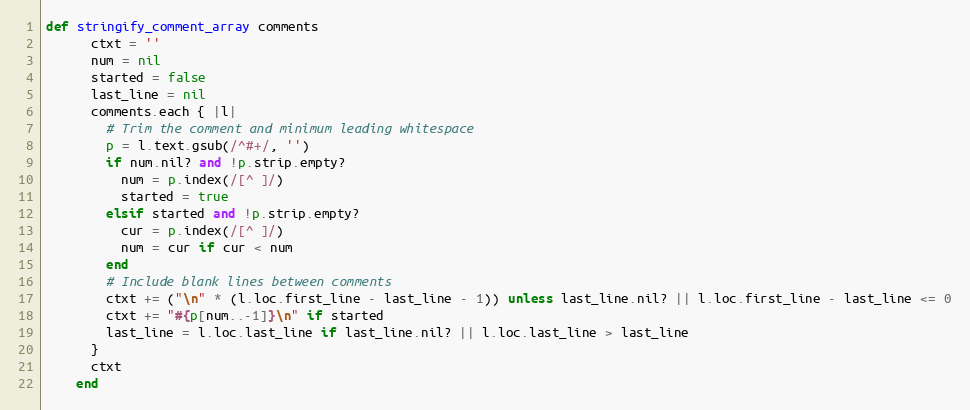
Language: Ruby
def stringify_comment_array comments
      ctxt = ''
      num = nil
      started = false
      last_line = nil
      comments.each { |l|
        # Trim the comment and minimum leading whitespace
        p = l.text.gsub(/^#+/, '')
        if num.nil? and !p.strip.empty?
          num = p.index(/[^ ]/)
          started = true
        elsif started and !p.strip.empty?
          cur = p.index(/[^ ]/)
          num = cur if cur < num
        end
        # Include blank lines between comments
        ctxt += ("\n" * (l.loc.first_line - last_line - 1)) unless last_line.nil? || l.loc.first_line - last_line <= 0
        ctxt += "#{p[num..-1]}\n" if started
        last_line = l.loc.last_line if last_line.nil? || l.loc.last_line > last_line
      }
      ctxt
    end